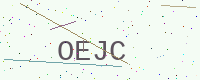
Text: OEJC